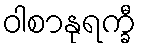
ဝါစာနုရက္ခီ